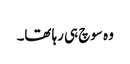
وہ سوچ ہی رہا تھا۔